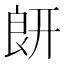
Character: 𦫍